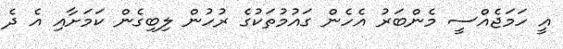
އީ ހަމަޖެއްސީ މެންބަރު އެހެން ގައުމުތަކުގެ ރުހުން ލިބިގެން ކަމަށާއި އެ ދެ